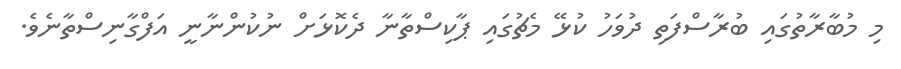
މި މުބާރާތުގައި ބުރާސްފަތި ދުވަހު ކުޅޭ މެޗުގައި ޕާކިސްތާނާ ދެކޮޅަށް ނުކުންނާނީ އަފްގާނިސްތާނެވެ.